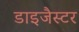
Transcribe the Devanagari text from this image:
डाइजैस्टर